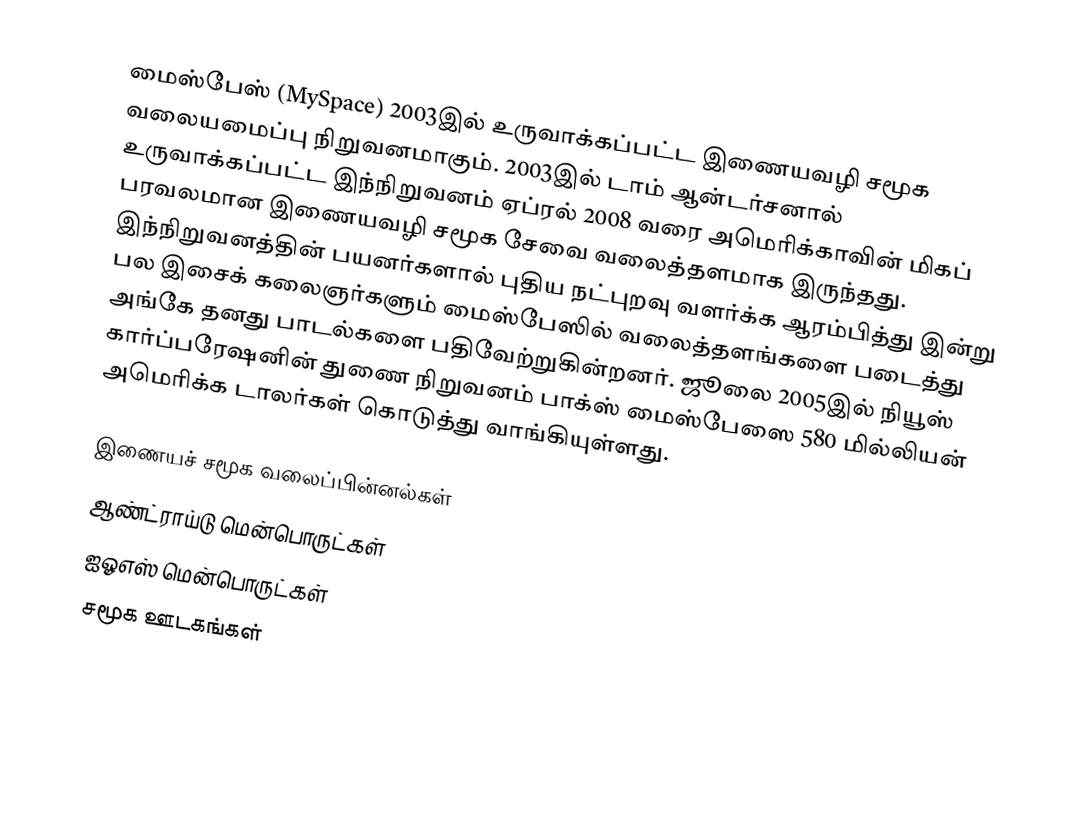
மைஸ்பேஸ் (MySpace) 2003இல் உருவாக்கப்பட்ட இணையவழி சமூக வலையமைப்பு நிறுவனமாகும். 2003இல் டாம் ஆன்டர்சனால் உருவாக்கப்பட்ட இந்நிறுவனம் ஏப்ரல் 2008 வரை அமெரிக்காவின் மிகப் பரவலமான இணையவழி சமூக சேவை வலைத்தளமாக இருந்தது. இந்நிறுவனத்தின் பயனர்களால் புதிய நட்புறவு வளர்க்க ஆரம்பித்து இன்று பல இசைக் கலைஞர்களும் மைஸ்பேஸில் வலைத்தளங்களை படைத்து அங்கே தனது பாடல்களை பதிவேற்றுகின்றனர். ஜூலை 2005இல் நியூஸ் கார்ப்பரேஷனின் துணை நிறுவனம் பாக்ஸ் மைஸ்பேஸை 580 மில்லியன் அமெரிக்க டாலர்கள் கொடுத்து வாங்கியுள்ளது.

இணையச் சமூக வலைப்பின்னல்கள்
ஆண்ட்ராய்டு மென்பொருட்கள்
ஐஓஎஸ் மென்பொருட்கள்
சமூக ஊடகங்கள்